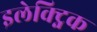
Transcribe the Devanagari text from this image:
इलेक्ट्निक